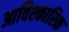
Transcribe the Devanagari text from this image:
आविश्कारिक